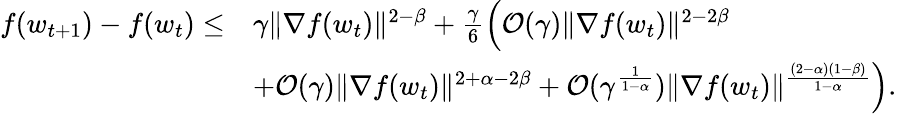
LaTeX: \begin{array}{rl}{f(w_{t+1})-f(w_{t})\le}&{\gamma\| \nabla f(w_{t})\| ^{2-\beta}+\frac{\gamma}{6}\Big(\mathcal{O}(\gamma)\| \nabla f(w_{t})\| ^{2-2\beta}}\\ &{+\mathcal{O}(\gamma)\| \nabla f(w_{t})\| ^{2+\alpha-2\beta}+\mathcal{O}(\gamma^{\frac{1}{1-\alpha}})\| \nabla f(w_{t})\| ^{\frac{(2-\alpha)(1-\beta)}{1-\alpha}}\Big).}\end{array}